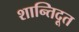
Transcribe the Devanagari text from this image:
शान्तिदूत